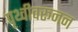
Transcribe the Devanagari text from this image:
पृथ्वीवरूनन